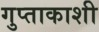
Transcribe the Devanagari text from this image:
गुप्‍ताकाशी